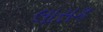
લાસક